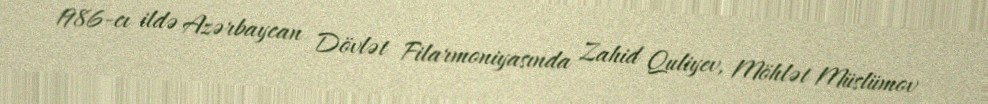
1986-cı ildə Azərbaycan Dövlət Filarmoniyasında Zahid Quliyev, Möhlət Müslümov